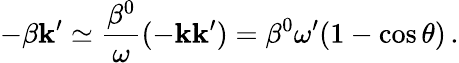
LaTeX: -\beta\mathbf{k}^{\prime}\simeq\frac{{\beta^{0}}}{{\omega}}(-\mathbf{k}\mathbf{k}^{\prime})=\beta^{0}\omega^{\prime}(1-\cos\theta)\, .